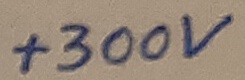
Text: +300V